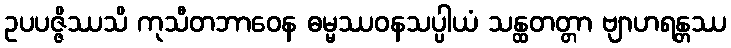
ဥပပဇ္ဇိဿသိ ကုသီတဘာဝေန ဓမ္မဿဝနသပ္ပါယံ သန္ထတတ္တာ ဗျာဟရန္တဿ